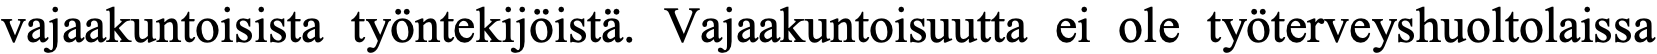
vajaakuntoisista työntekijöistä. Vajaakuntoisuutta ei ole työterveyshuoltolaissa